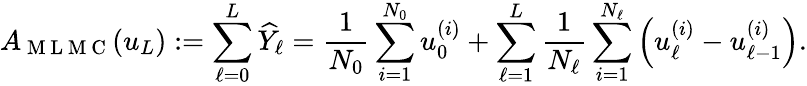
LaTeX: A_{\mathrm{~M~L~M~C~}}(u_{L}):=\sum_{\ell=0}^{L}\widehat{Y}_{\ell}=\frac{1}{N_{0}}\sum_{i=1}^{N_{0}}u_{0}^{(i)}+\sum_{\ell=1}^{L}\frac{1}{N_{\ell}}\sum_{i=1}^{N_{\ell}}\left(u_{\ell}^{(i)}-u_{\ell-1}^{(i)}\right).